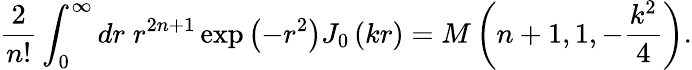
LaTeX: {\frac{2}{n!}}\int_{0}^{\infty}{dr}\; r^{2n+1}\exp\left(-r^{2}\right)J_{0}\left(kr\right)=M\left(n+1,1,-{\frac{k^{2}}{4}}\right).